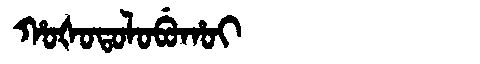
Manchu: ᡥᠣᡧᠣᡨᠣᠯᠣᠪᡠᡥᠣᡳ
Romanization: HOŠOTOLOBUHOI